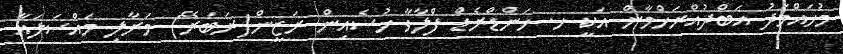
މުހައްމަދު އަބްދުއްރަހްމާން އަކީ ހ. ހަންޑްރެޑް ފްލާވާ ހުސެއިން ރަޒީން(ރަބަރޭ) މަރާލި މައްސަލައާ